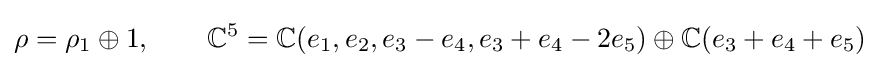
\rho =\rho _{1}\oplus 1,\qquad \mathbb {C} ^{5}=\mathbb {C} (e_{1},e_{2},e_{3}-e_{4},e_{3}+e_{4}-2e_{5})\oplus \mathbb {C} (e_{3}+e_{4}+e_{5})